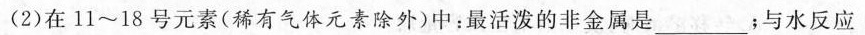
(2)在11~18号元素(稀有气体元素除外)中：最活泼的非金属是____；与水反应